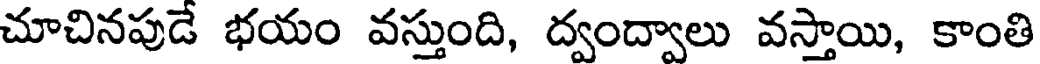
చూచినపుడే భయం వస్తుంది, ద్వంద్వాలు వస్తాయి, కాంతి